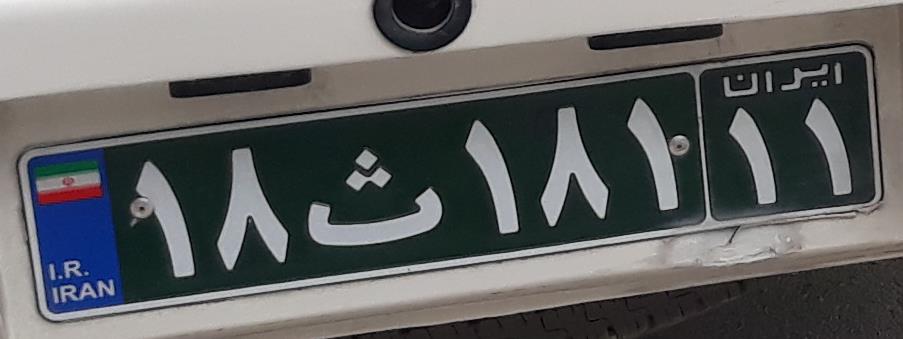
۱۸ث۱۸۱۱۱